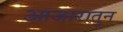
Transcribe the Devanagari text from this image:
आजारातुन